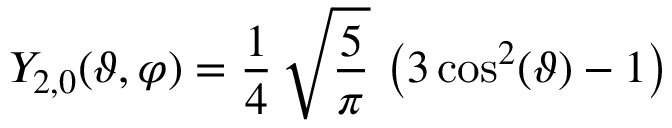
Y _ { 2 , 0 } ( \vartheta , \varphi ) = \frac { 1 } { 4 } \, \sqrt { \frac { 5 } { \pi } } \, \left( 3 \cos ^ { 2 } ( \vartheta ) - 1 \right)